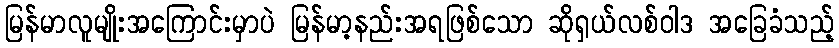
မြန်မာလူမျိုးအကြောင်းမှာပဲ မြန်မာ့နည်းအရဖြစ်သော ဆိုရှယ်လစ်ဝါဒ အခြေခံသည့်